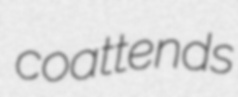
coattends